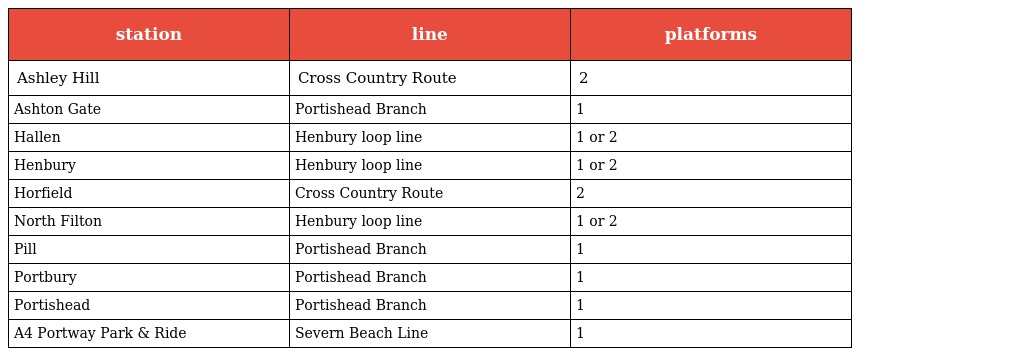
| station | line | platforms |
 | --- | --- | --- |
 | Ashley Hill | Cross Country Route | 2 |
 | Ashton Gate | Portishead Branch | 1 |
 | Hallen | Henbury loop line | 1 or 2 |
 | Henbury | Henbury loop line | 1 or 2 |
 | Horfield | Cross Country Route | 2 |
 | North Filton | Henbury loop line | 1 or 2 |
 | Pill | Portishead Branch | 1 |
 | Portbury | Portishead Branch | 1 |
 | Portishead | Portishead Branch | 1 |
 | A4 Portway Park & Ride | Severn Beach Line | 1 |